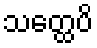
သတ္ထေပိ